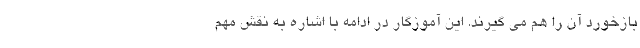
بازخورد آن را هم می گیرند. این آموزگار در ادامه با اشاره به نقش مهم